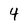
Character: 4